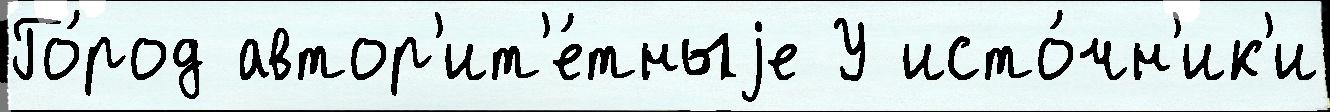
Го́род автор'ит'е́тныjе У исто́чн'ик'и